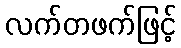
လက်တဖက်ဖြင့်